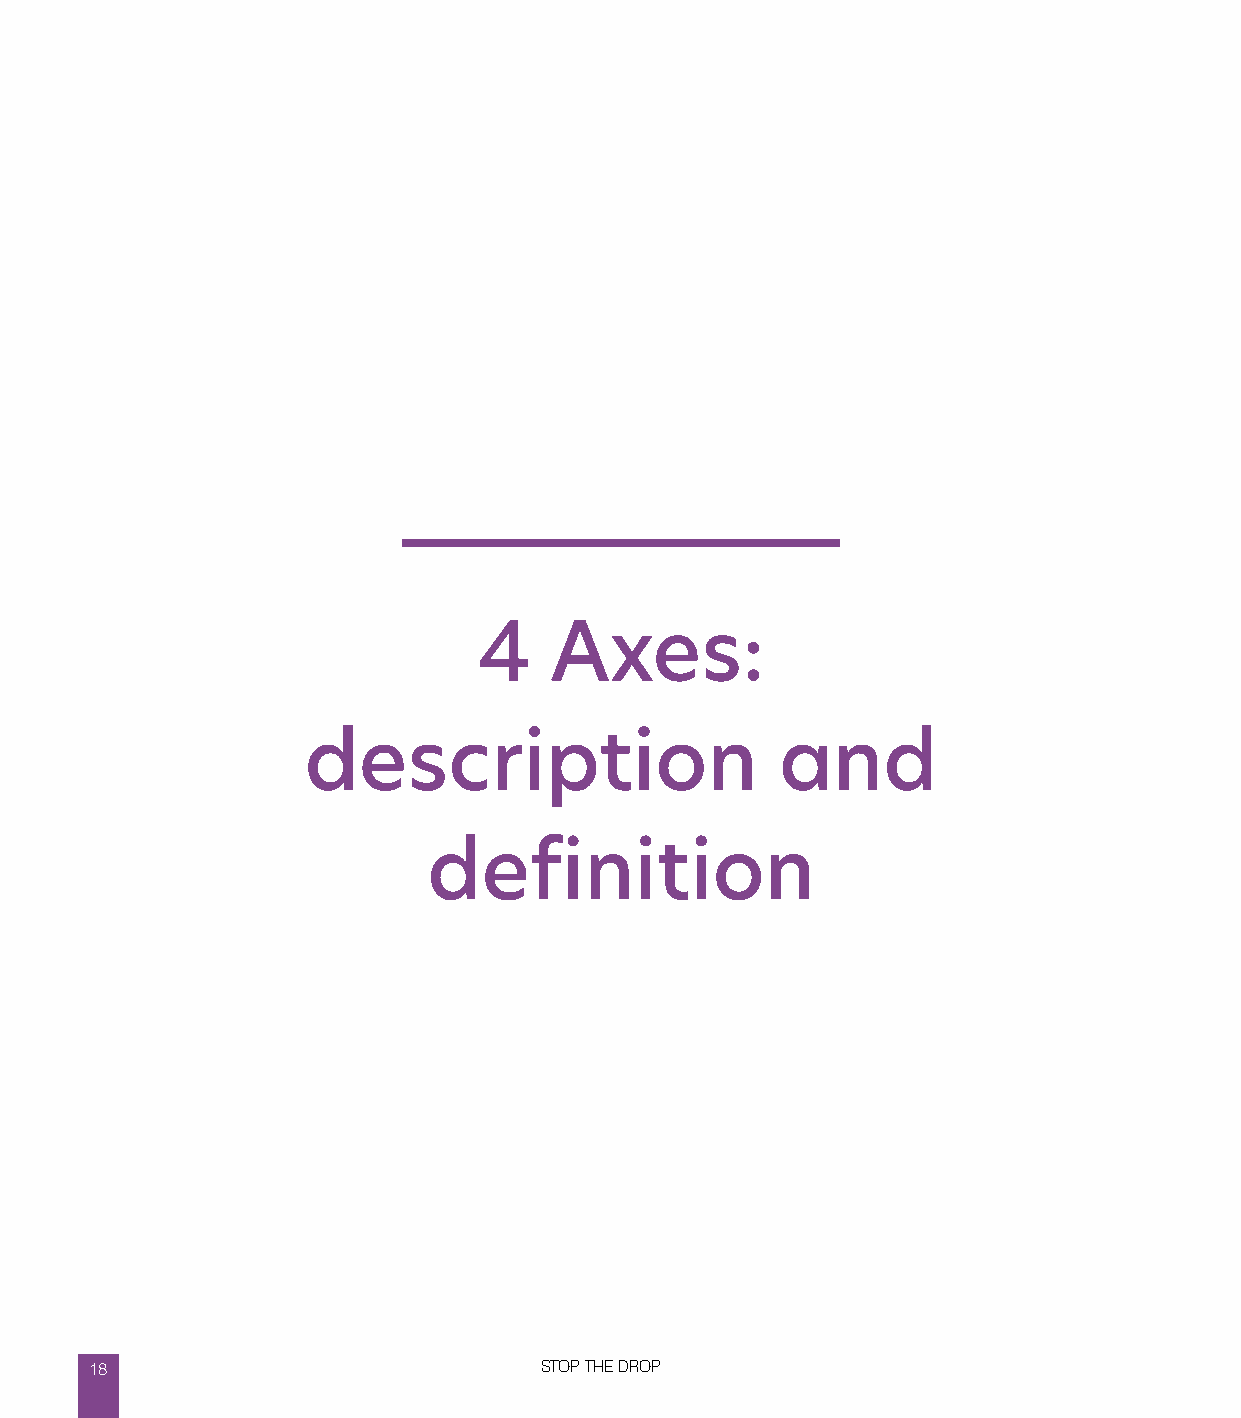
4   Axes:
 description                     and
 definition
 18                            STOP THE DROP